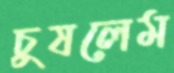
চুষলেম